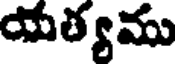
యత్యము